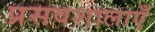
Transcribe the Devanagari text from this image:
प्रसवशालाएँ